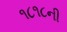
૧૮૧૮ની